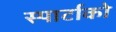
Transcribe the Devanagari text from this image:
स्पार्टाको